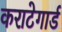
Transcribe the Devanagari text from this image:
कराटेगार्ड